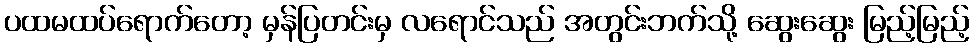
ပထမထပ်ရောက်တော့ မှန်ပြတင်းမှ လရောင်သည် အတွင်းဘက်သို့ ဆွေးဆွေး မြည့်မြည့်